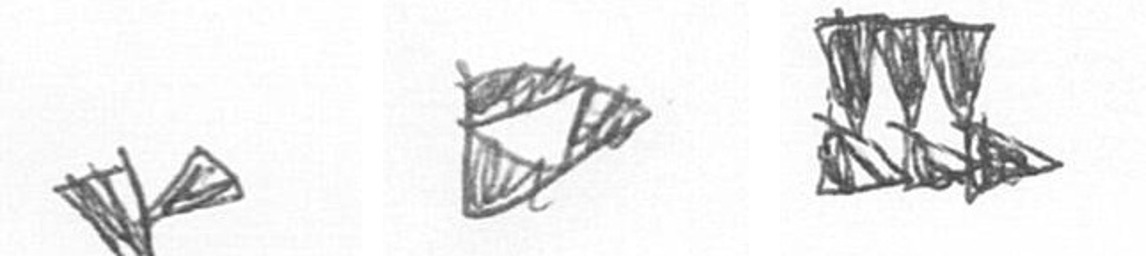
F K D